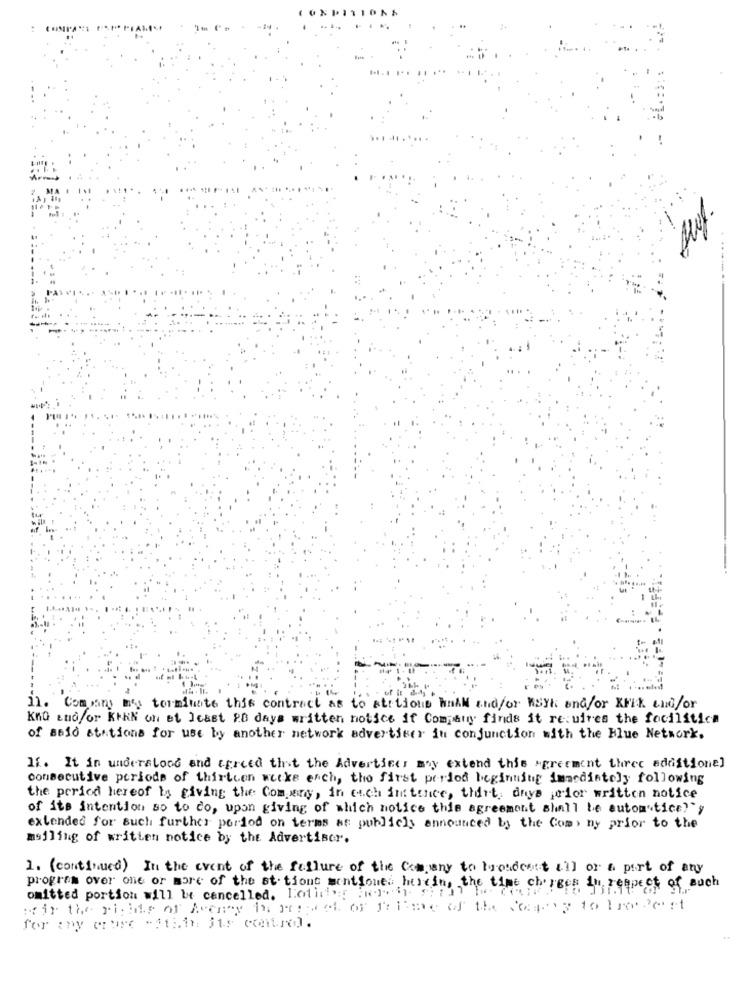
11. Company my terminate this contract as to strtions hnAM and/or HSYK and/or XFIK LIN/or
KnQ and/or KAN on et Jeast 28 days written notice if Company finds it requires the focilitica
of ssid stations for use by another network advertiser in conjunction with the Blue Network.
If. It in understood and agreed that the Advertiser may extend this Agreement three additionel
consecutive periods of thirteen wieke each, the first period beginning immediately following
the period hereof Is giving the Company, in each instance, thirt, days prior written notice
of its intention so to do, upon giving of which notice this agreement shall be automatice?'y
extended for such further period on terms at publicly announced by the Com> ny prior to the
mailing of written notice by the Advertiser.
1. ( continued) In the event of the failure of the Company to broadcast all or a part of any
program over one or more of the st- tions mentioned herein, the time charges in respect of such
omitted portion will be cancelled, Lothing howi still be aded
wir the sichis of Avery bs museet of frime of the Capes to boost